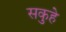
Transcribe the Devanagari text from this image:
सकुहे